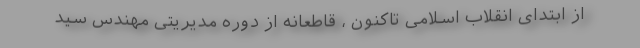
از ابتدای انقلاب اسلامی تاکنون ، قاطعانه از دوره مدیریتی مهندس سید